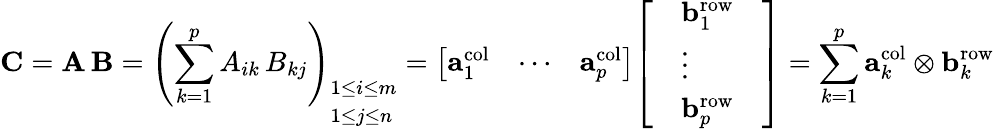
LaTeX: \mathbf{C}=\mathbf{A}\, \mathbf{B}=\left(\sum_{k=1}^{p}{A}_{ik}\, {B}_{kj}\right)_{\begin{array}{l}{1\leq i\leq m}\\ {1\leq j\leq n}\end{array}}={\left[\begin{array}{lll}{\mathbf{a}_{1}^{\mathrm{col}}}&{\cdots}&{\mathbf{a}_{p}^{\mathrm{col}}}\end{array}\right]}{\left[\begin{array}{lll}&{\mathbf{b}_{1}^{\mathrm{row}}}&\\ &{\vdots}&\\ &{\mathbf{b}_{p}^{\mathrm{row}}}&\end{array}\right]}=\sum_{k=1}^{p}\mathbf{a}_{k}^{\mathrm{col}}\otimes\mathbf{b}_{k}^{\mathrm{row}}